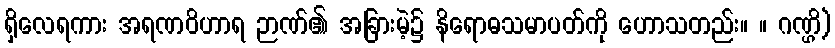
ရှိလေရကား အရဏဝိဟာရ ဉာဏ်၏ အခြားမဲ့၌ နိရောဓသမာပတ်ကို ဟောသတည်း။ ။ ဂဏ္ဌိ)